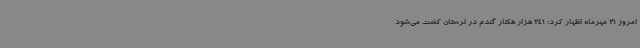
امروز 21 مهرماه اظهار کرد: 241 هزار هکتار گندم در لرستان کشت می‌شود